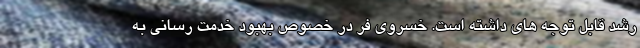
رشد قابل توجه های داشته است. خسروی فر در خصوص بهبود خدمت رسانی به